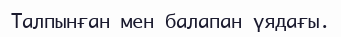
Талпынған мен балапан үядағы.